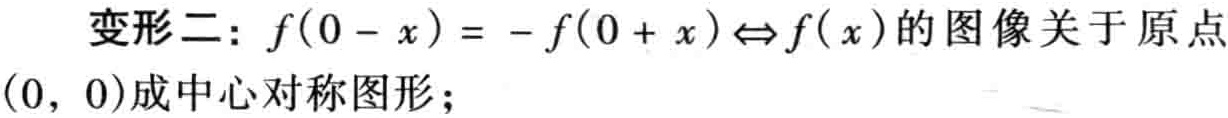
变形二：\(f(0 - x) = - f(0 + x)\Leftrightarrow f(x)\)的图像关于原点\((0, 0)\)成中心对称图形；